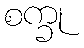
စက္ခု